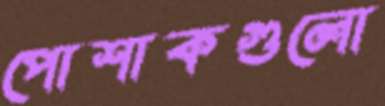
পোশাকগুলো